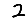
Digit: 2